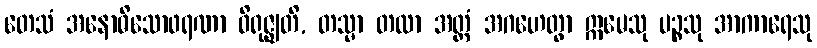
တေသံ အနောဓိသောဖရဏာ ဝိရုဇ္ဈတိ, တသ္မာ တထာ အတ္ထံ အဂဟေတွာ ဣမေသု ပဉ္စသု အာကာရေသု